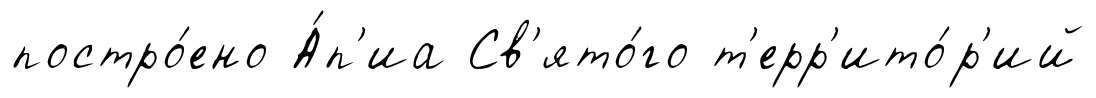
постро́ено А́п'иа Св'ято́го т'ерр'ито́р'ий